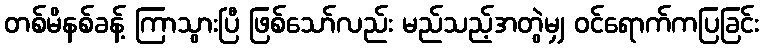
တစ်မိနစ်ခန့် ကြာသွားပြီ ဖြစ်သော်လည်း မည်သည့်အတွဲမျှ ဝင်ရောက်ကပြခြင်း